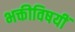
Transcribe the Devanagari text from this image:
भक्तीविषयीं